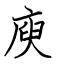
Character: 庾